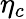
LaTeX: \eta_{c}